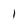
Character: l